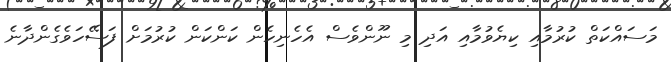
މަސައްކަތް ކުރުމާއި ކިޔެވުމާއި އަދި މި ނޫންވެސް އެހެނިހެން ކަންކަން ކުރުމަށް ފަސޭހަވެގެންދާނެ